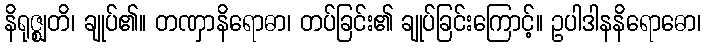
နိရုဇ္ဈတိ၊ ချုပ်၏။ တဏှာနိရောဓာ၊ တပ်ခြင်း၏ ချုပ်ခြင်းကြောင့်။ ဥပါဒါနနိရောဓော၊